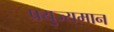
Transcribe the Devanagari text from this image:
प्रयुज्यमान